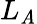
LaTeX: L_{\mathit{A}}